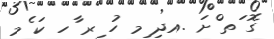
ގޮ ަތ ްށަ .އދި ިމ ހު ިރ ާހ ކަ ެމ